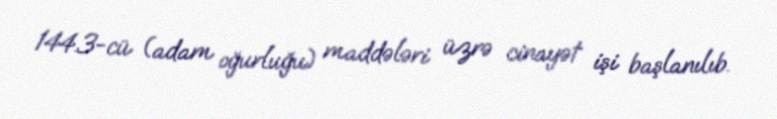
144.3-cü (adam oğurluğu) maddələri üzrə cinayət işi başlanılıb.